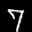
Label: 7